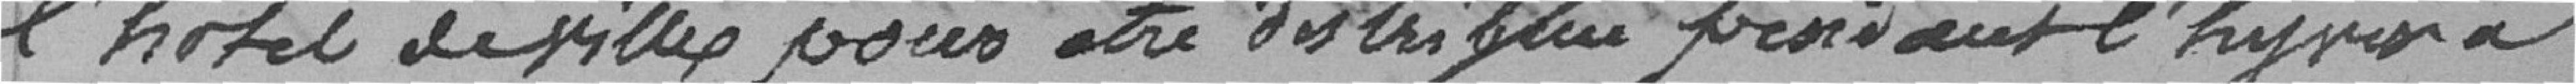
l'hôtel de ville pour être distribuée pendant l'hymne à